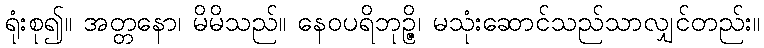
ရုံးစု၍။ အတ္တနော၊ မိမိသည်။ နေဝပရိဘုဉ္ဇိ၊ မသုံးဆောင်သည်သာလျှင်တည်း။